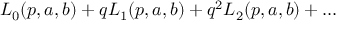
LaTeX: { \cal L } _ { 0 } ( p , a , b ) + q { \cal L } _ { 1 } ( p , a , b ) + q ^ { 2 } { \cal L } _ { 2 } ( p , a , b ) + \dots